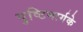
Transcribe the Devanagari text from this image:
पुष्टिमार्गके